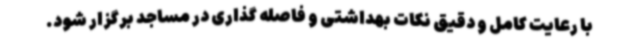
با رعایت کامل و دقیق نکات بهداشتی و فاصله گذاری در مساجد برگزار شود.